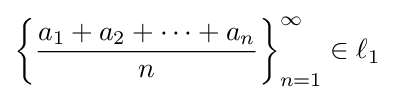
\left\{{\frac {a_{1}+a_{2}+\cdots +a_{n}}{n}}\right\}_{n=1}^{\infty }\in \ell _{1}